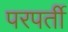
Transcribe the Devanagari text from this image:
परपर्ती